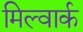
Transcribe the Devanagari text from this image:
मिल्वार्क